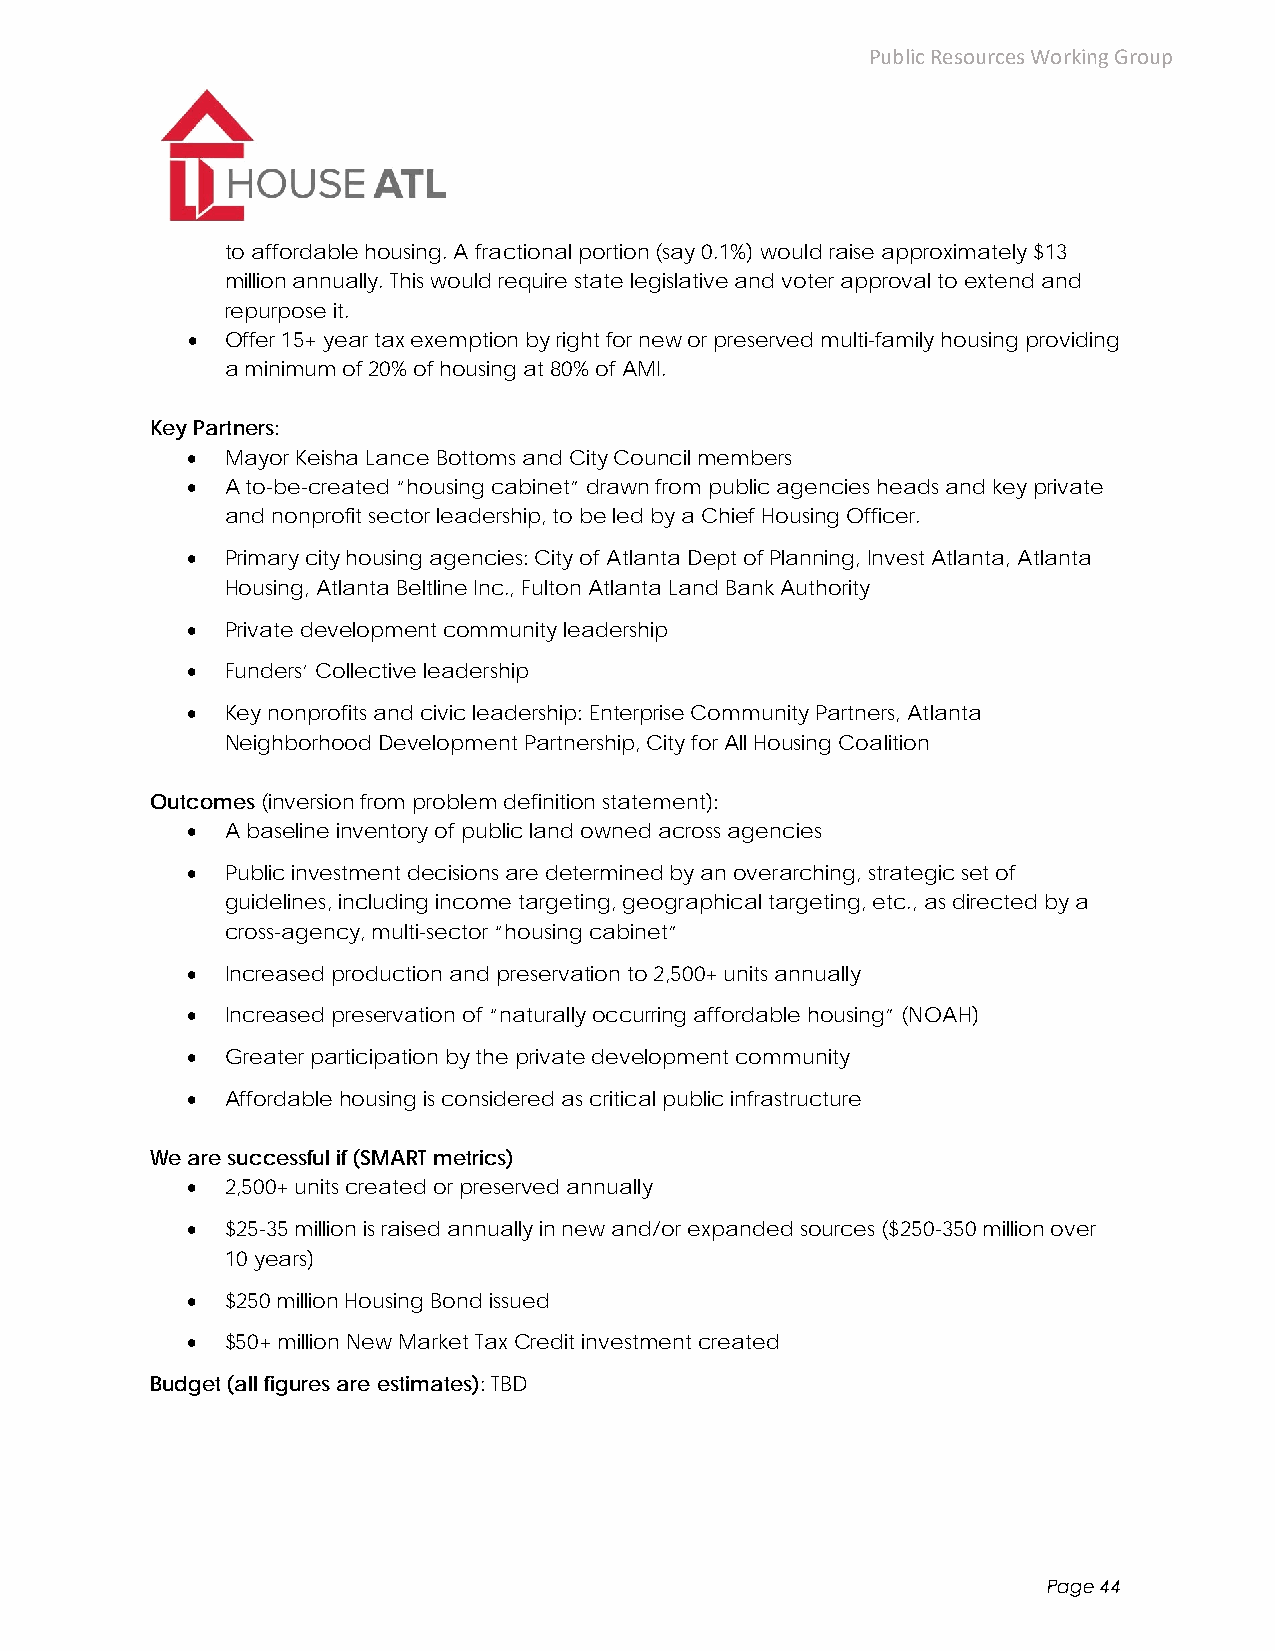
Public Resources Working Group
 to affordable housing. A fractional portion (say 0.1%) would raise approximately $13
 million annually. This would require state legislative and voter approval to extend and
 repurpose it.
   Offer 15+ year tax exemption by right for new or preserved multi-family housing providing
 a minimum of 20% of housing at 80% of AMI.
 Key Partners:
   Mayor Keisha Lance Bottoms and City Council members
   A to-be-created “housing cabinet” drawn from public agencies heads and key private
 and nonprofit sector leadership, to be led by a Chief Housing Officer.
   Primary city housing agencies: City of Atlanta Dept of Planning, Invest Atlanta, Atlanta
 Housing, Atlanta Beltline Inc., Fulton Atlanta Land Bank Authority
   Private development community leadership
   Funders’ Collective leadership
   Key nonprofits and civic leadership: Enterprise Community Partners, Atlanta
 Neighborhood Development Partnership, City for All Housing Coalition
 Outcomes (inversion from problem definition statement):
   A baseline inventory of public land owned across agencies
   Public investment decisions are determined by an overarching, strategic set of
 guidelines, including income targeting, geographical targeting, etc., as directed by a
 cross-agency, multi-sector “housing cabinet”
   Increased production and preservation to 2,500+ units annually
   Increased preservation of “naturally occurring affordable housing” (NOAH)
   Greater participation by the private development community
   Affordable housing is considered as critical public infrastructure
 We are successful if (SMART metrics)
   2,500+ units created or preserved annually
   $25-35 million is raised annually in new and/or expanded sources ($250-350 million over
 10 years)
   $250 million Housing Bond issued
   $50+ million New Market Tax Credit investment created
 Budget (all figures are estimates): TBD
 Page 44